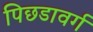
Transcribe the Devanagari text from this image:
पिछडावर्ग